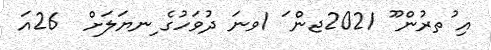
އި ުތރުން ޫ 2021ޖން ަ 1ވނަ ދުވަހުގެ ިނޔަލަށް  26އަ